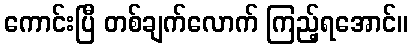
ကောင်းပြီ တစ်ချက်လောက် ကြည့်ရအောင်။